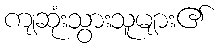
ကျဆုံးသွားသူများ၏